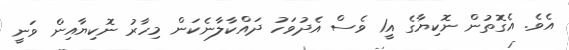
އެވެ. އެގޮތުން ނޮކިޔާގެ އީ1 ވެސް އެދުވަހު ދައްކާލާނެކަން މިހާރު ނޮކިޔާއިން ވަނީ